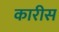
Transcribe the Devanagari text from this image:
कारीस